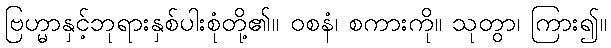
ဗြဟ္မာနှင့်ဘုရားနှစ်ပါးစုံတို့၏။ ဝစနံ၊ စကားကို။ သုတွာ၊ ကြား၍။